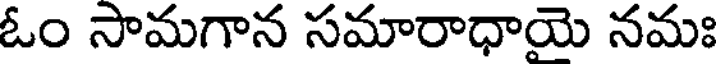
ఓం సామగాన సమారాధాయై నమః